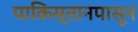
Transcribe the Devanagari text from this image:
पाकिस्तानपासून